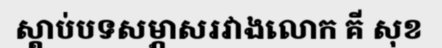
ស្តាប់បទសម្ភាសរវាងលោក គី សុខ